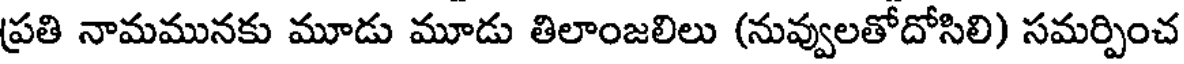
ప్రతి నామమునకు మూడు మూడు తిలాంజలిలు (నువ్వులతోదోసిలి) సమర్పించ